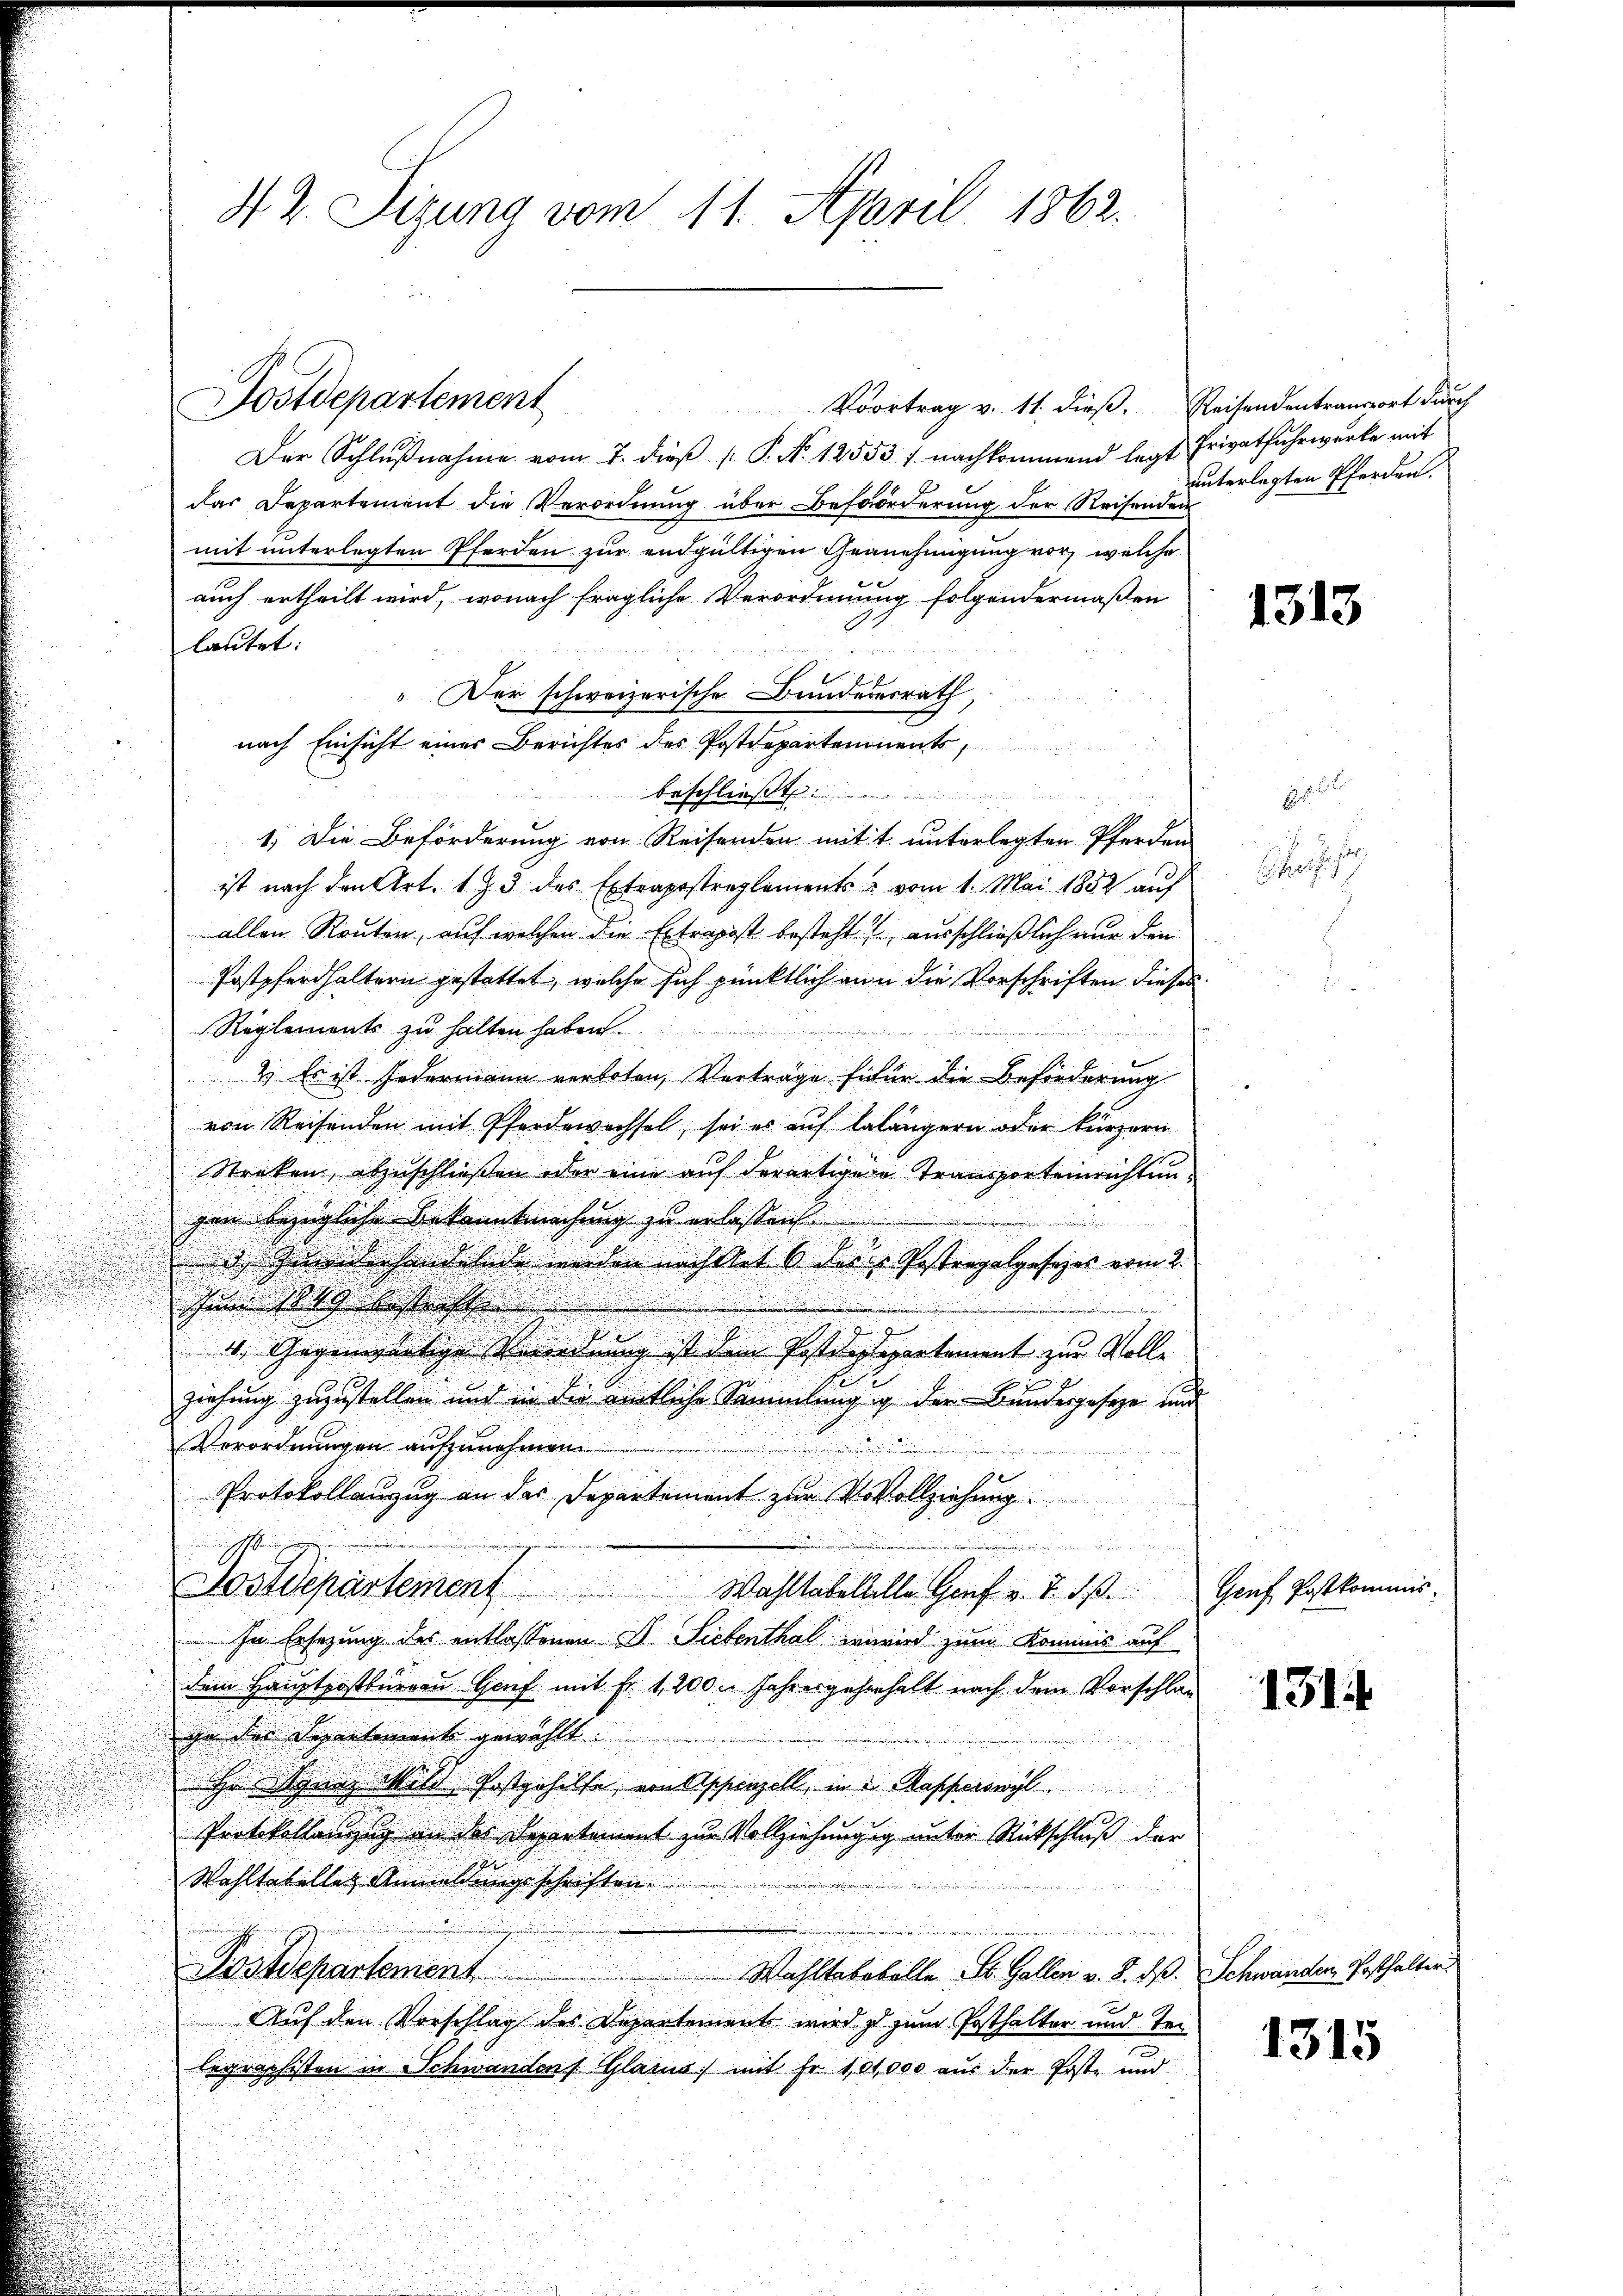
Voortrag v. 11. dieβ. Reisendentransport durch
Der Schlußnahme vom 7. dieß P. No. 12553) nachkommend legt, Privatfuhrwerke mit
das Departement die Verordnung über Beförderung der Reisenden
mit unterlegten Pferden zur endgültigen Genehmigung vor, welche
auch ertheilt wird, wonach fragliche Verordnuung folgendermaßen
lautet:
" Der schweizerische Bundesrath,
nach Einsicht eines Berichtes des Postdepartements,
beschließt
1. Die Beförderung von Reisenden mitt unterlegten Pferden
ist nach den Art. 1. Z. 3 des Extrapostreglements & vom 1. Mai 1882 auf
allen Routen, auf welchen die Extrapost besteht ausschließlich nur den
Postpferdhaltern gestattet, welche sich pünktlich nun die Vorschriften dieses
Reglements zu halten haben

2) Es ist jedermann verboten, Vorträge fifür die Beförderung
von Reisenden mit Pferdewachsel, sei es auf lalängern oder kürzern
Streken, abzuschließen oder eine auf derartigen Transporteinrichtungan bezügliche Bekanntmachung zu erlassen
.
d Gewiderhandelnde werden nachtet 6 desse Pestragalgesezes vom 2.
¬
zumsatz besteht
4. Gegenwärtige Verordnung ist dem Postdeptepartement zur Volle
ziehung zuzustellen und in die amtliche Sammlung g der Bundesgeseze und
Verordnungen aufzunehmen.
Protokollanzug an das Departement zur V Vollziehung.
w
Dostdepartement Wahltabellelle Genf v. 7. ds. Graf Postkommis-
In Ersezung des entlassenen D. Siebenthal worind zum Kommis auf
dem Hauptpostbureau Genf mit Fr. 1,200 l. Jahresgehenhalt nach dem Vorschlag
ga des Departements gewählt.
Hr Ignaz Mild, Postgehilfe, von Appenzell, in 2 Mapperswyl
Protokollenzug an der Departement zur Vollziehungig unter Rückschluß der
Wohltabellat Anmeldungsschriften
u
Postdepartement
Wähltebebälle St. Gallen v. K. dß. Schwanden Posthalter.
Auf den Vorschlag des Departements wird zu zum Posthalter und Telegraphisten in Schwanden Glasus mit Fr. 1,01,000 aus der Post- und

42. Sizung vom 11. April 1862.

Dostdepartement

unterlegten Pferden.

1313

Chefs

131

1315